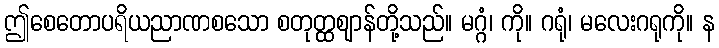
ဤစေတောပရိယညာဏစသော စတုတ္ထဈာန်တို့သည်။ မဂ္ဂံ၊ ကို။ ဂရုံ၊ မလေးဂရုကို။ န